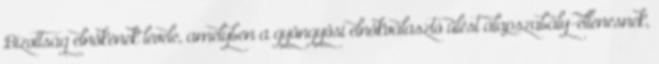
Bizottság elnökének levele, amelyben a gyöngyösi elnökválasztó ülést alapszabály-ellenesnek,